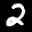
Label: 2